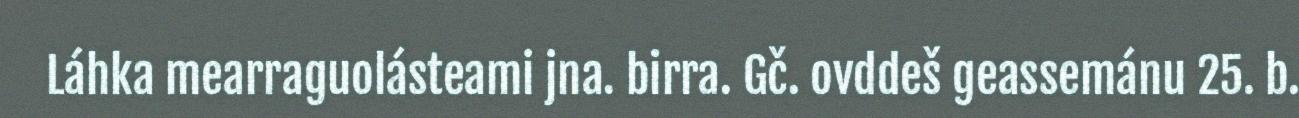
Láhka mearraguolásteami jna. birra. Gč. ovddeš geassemánu 25. b.